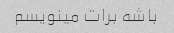
باشه برات مینویسم